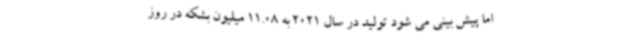
اما پیش بینی می شود تولید در سال 2021 به 11.08 میلیون بشکه در روز